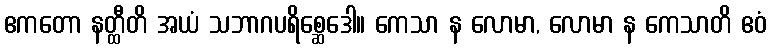
ဧကတော နတ္ထီတိ အယံ သဘာဂပရိစ္ဆေဒေါ။ ကေသာ န လောမာ, လောမာ န ကေသာတိ ဧဝံ